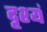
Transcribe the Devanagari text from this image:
दृश्यं